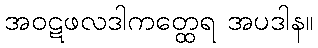
အဝဋဖလဒါကတ္ထေရ အပဒါန။